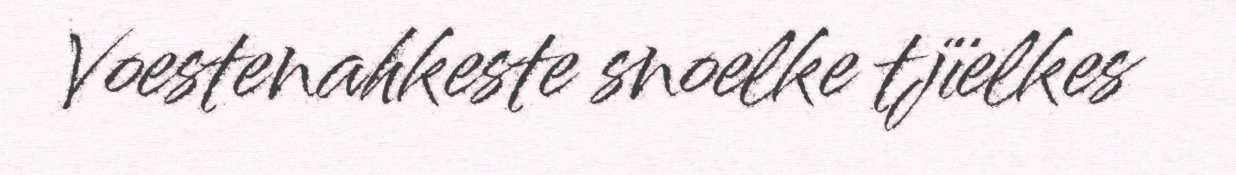
Voestenahkeste snoelke tjïelkes